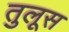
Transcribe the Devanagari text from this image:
तुलूस